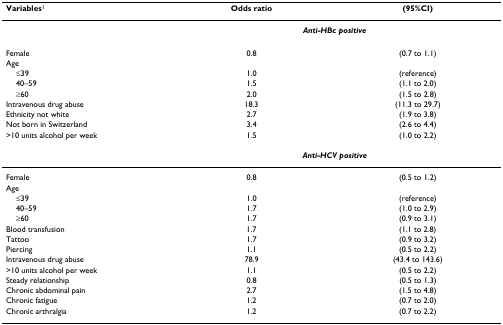
<table><thead><tr><td><b>Variables<sup>1</sup></b></td><td><b>Odds ratio</b></td><td><b>(95%CI)</b></td></tr></thead><tbody><tr><td>[EMPTY_CELL]</td><td colspan="2"><b><i>Anti-HBc positive</i></b></td></tr><tr><td>Female</td><td>0.8</td><td>(0.7 to 1.1)</td></tr><tr><td>Age</td><td>[EMPTY_CELL]</td><td>[EMPTY_CELL]</td></tr><tr><td> ≤39</td><td>1.0</td><td>(reference)</td></tr><tr><td> 40–59</td><td>1.5</td><td>(1.1 to 2.0)</td></tr><tr><td> ≥60</td><td>2.0</td><td>(1.5 to 2.8)</td></tr><tr><td>Intravenous drug abuse</td><td>18.3</td><td>(11.3 to 29.7)</td></tr><tr><td>Ethnicity not white</td><td>2.7</td><td>(1.9 to 3.8)</td></tr><tr><td>Not born in Switzerland</td><td>3.4</td><td>(2.6 to 4.4)</td></tr><tr><td>&gt;10 units alcohol per week</td><td>1.5</td><td>(1.0 to 2.2)</td></tr><tr><td>[EMPTY_CELL]</td><td colspan="2"><b><i>Anti-HCV positive</i></b></td></tr><tr><td>Female</td><td>0.8</td><td>(0.5 to 1.2)</td></tr><tr><td>Age</td><td>[EMPTY_CELL]</td><td>[EMPTY_CELL]</td></tr><tr><td> ≤39</td><td>1.0</td><td>(reference)</td></tr><tr><td> 40–59</td><td>1.7</td><td>(1.0 to 2.9)</td></tr><tr><td> ≥60</td><td>1.7</td><td>(0.9 to 3.1)</td></tr><tr><td>Blood transfusion</td><td>1.7</td><td>(1.1 to 2.8)</td></tr><tr><td>Tattoo</td><td>1.7</td><td>(0.9 to 3.2)</td></tr><tr><td>Piercing</td><td>1.1</td><td>(0.5 to 2.2)</td></tr><tr><td>Intravenous drug abuse</td><td>78.9</td><td>(43.4 to 143.6)</td></tr><tr><td>&gt;10 units alcohol per week</td><td>1.1</td><td>(0.5 to 2.2)</td></tr><tr><td>Steady relationship</td><td>0.8</td><td>(0.5 to 1.3)</td></tr><tr><td>Chronic abdominal pain</td><td>2.7</td><td>(1.5 to 4.8)</td></tr><tr><td>Chronic fatigue</td><td>1.2</td><td>(0.7 to 2.0)</td></tr><tr><td>Chronic arthralgia</td><td>1.2</td><td>(0.7 to 2.2)</td></tr></tbody></table>